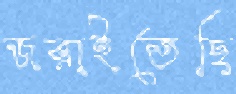
জরাইতেছি